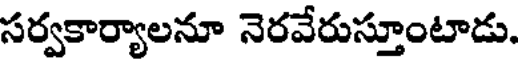
సర్వకార్యాలనూ నెరవేరుస్తూంటాడు.